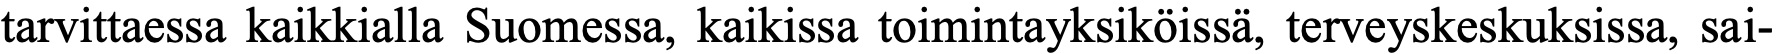
tarvittaessa kaikkialla Suomessa, kaikissa toimintayksiköissä, terveyskeskuksissa, sai-